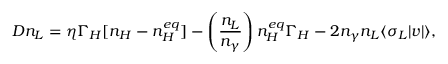
{ \cal D } n _ { L } = \eta \Gamma _ { H } [ n _ { H } - n _ { H } ^ { e q } ] - \left( \frac { n _ { L } } { n _ { \gamma } } \right) n _ { H } ^ { e q } \Gamma _ { H } - 2 n _ { \gamma } n _ { L } \langle \sigma _ { L } | v | \rangle ,